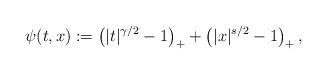
LaTeX: \begin{align*}\psi(t,x):=\left(\vert t \vert^{\gamma/2} - 1 \right)_{+} + \left( \vert x \vert^{s/2} - 1 \right)_{+},\end{align*}